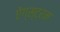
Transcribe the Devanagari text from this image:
ऐंग्स्ट्रम